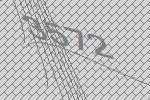
3572